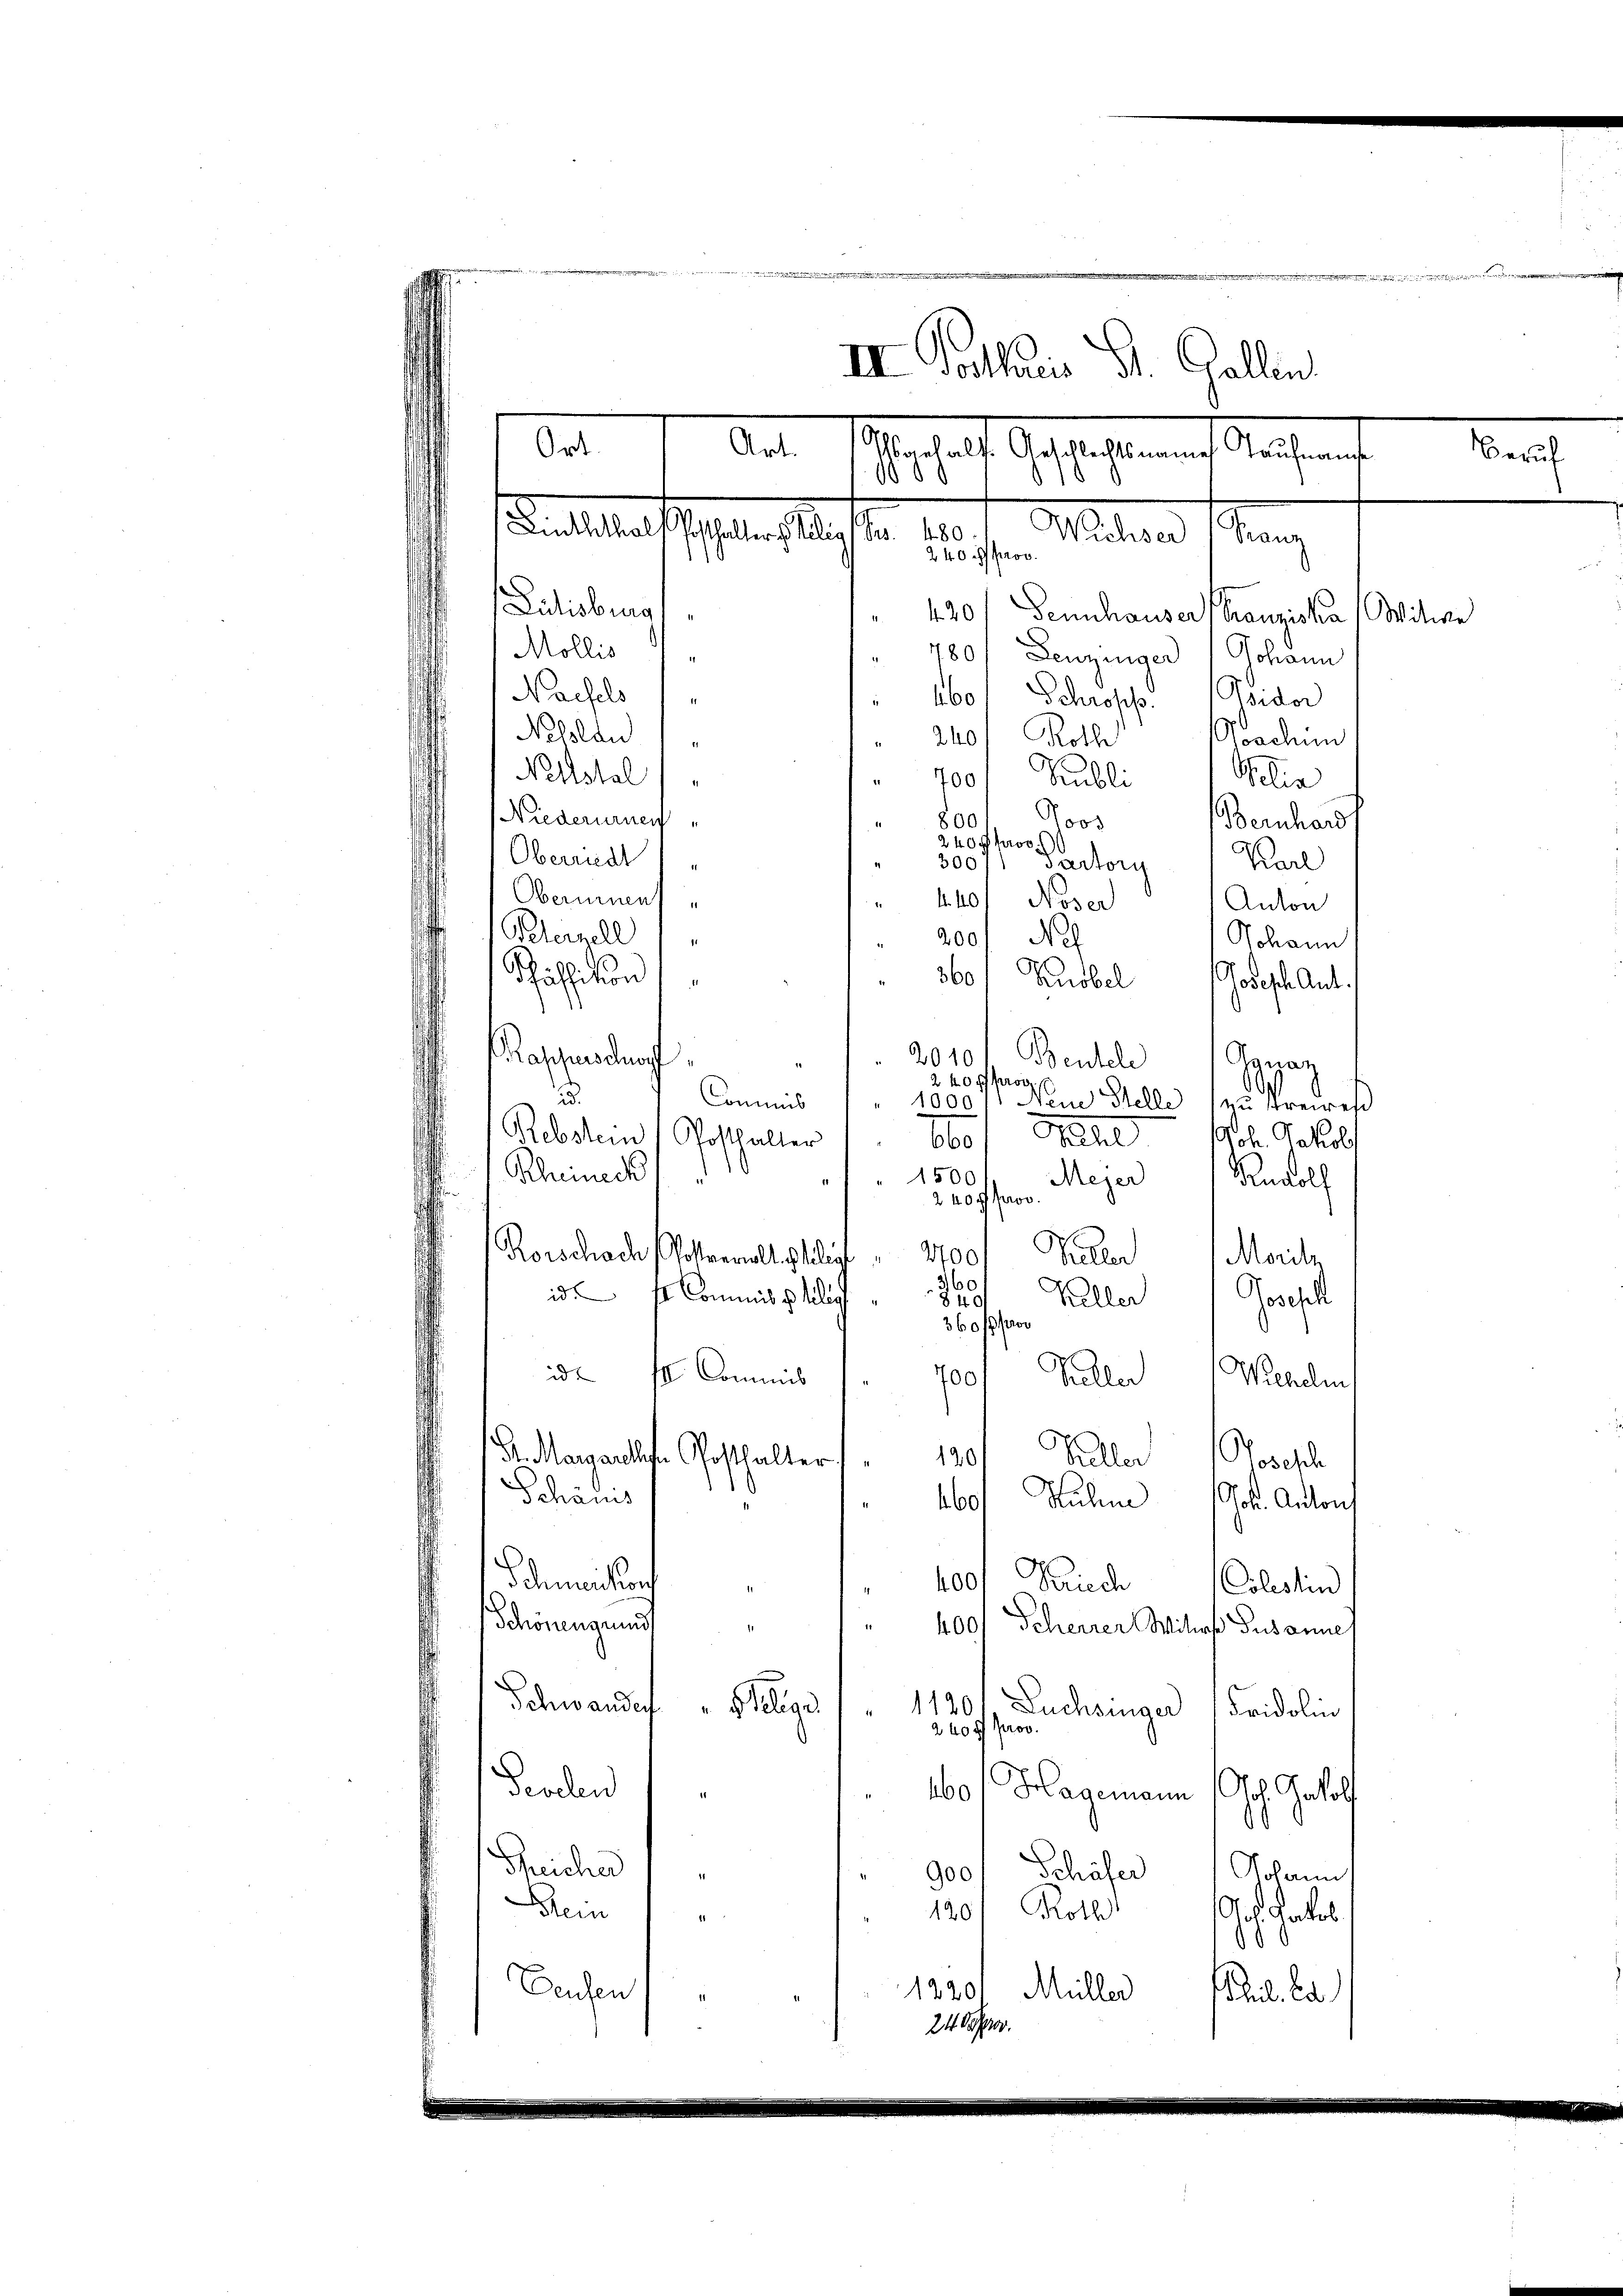
.

III. Vortharis St. Gallen
Art.
Ort.
Mandat Schlassenen Ausnah
1000

.

Lutisburg,
Mollis
780. Leuzinger Johann
Naifels 1
460 Schroffe. Wider
Neslau
240 Roth
Neltstal
7001 Publi
Niederinne
Joos
800 f
240 f prov.
Oberriedl
300
Pador
Oberurnent
 440 Noser
Pelernell
200/ Ne
Schälsition,
360/ Knobel Joseph Ant.
Bassendumpf
2010. Bentele
2
240 fl pro
u
Commis
1 Neue Stelle zu streires
1000
Rebstem (Posthalter
860/. Galle 10. Jakob
Rheineck
" 1500
Meyer
2 40 ff prov
400
Korschade Rotterwalt selig
Biller
360
id. II Commis aller    "           8 40
Keller
360 f 100
ide Ill. Commis
700
An Margarte Posthalter 1901 Buller Joseph
Schanis
460/ Ruhm Joh. Anton
400. Kriech
Schmeichung
Colestin
Schönengrund
400/ Scherrer Willes Susannes
.
Schwandeg
Seligr 1120
Duchsiger Fridolin
2400 prov.
Fevelen
160. Hagemann (Off. Galof
Prischen
900/ Schäfer
Johann
Rei 1
120/ Roth
a Garte
Deusen
1220) Müller
il. Ba
24. Sehn

ndtschaffen hafte 10
Mitern Mang
240 prov

420. Dennhauser Franziska Witwe
Poachim
Selin
Bernhard
Karl
Anton
Johann
Ggnaz
80
Rudolf
Morit
Geschl
Tüller Wilhelm

e

Beruf